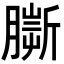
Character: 𦠠